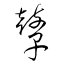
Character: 鼙